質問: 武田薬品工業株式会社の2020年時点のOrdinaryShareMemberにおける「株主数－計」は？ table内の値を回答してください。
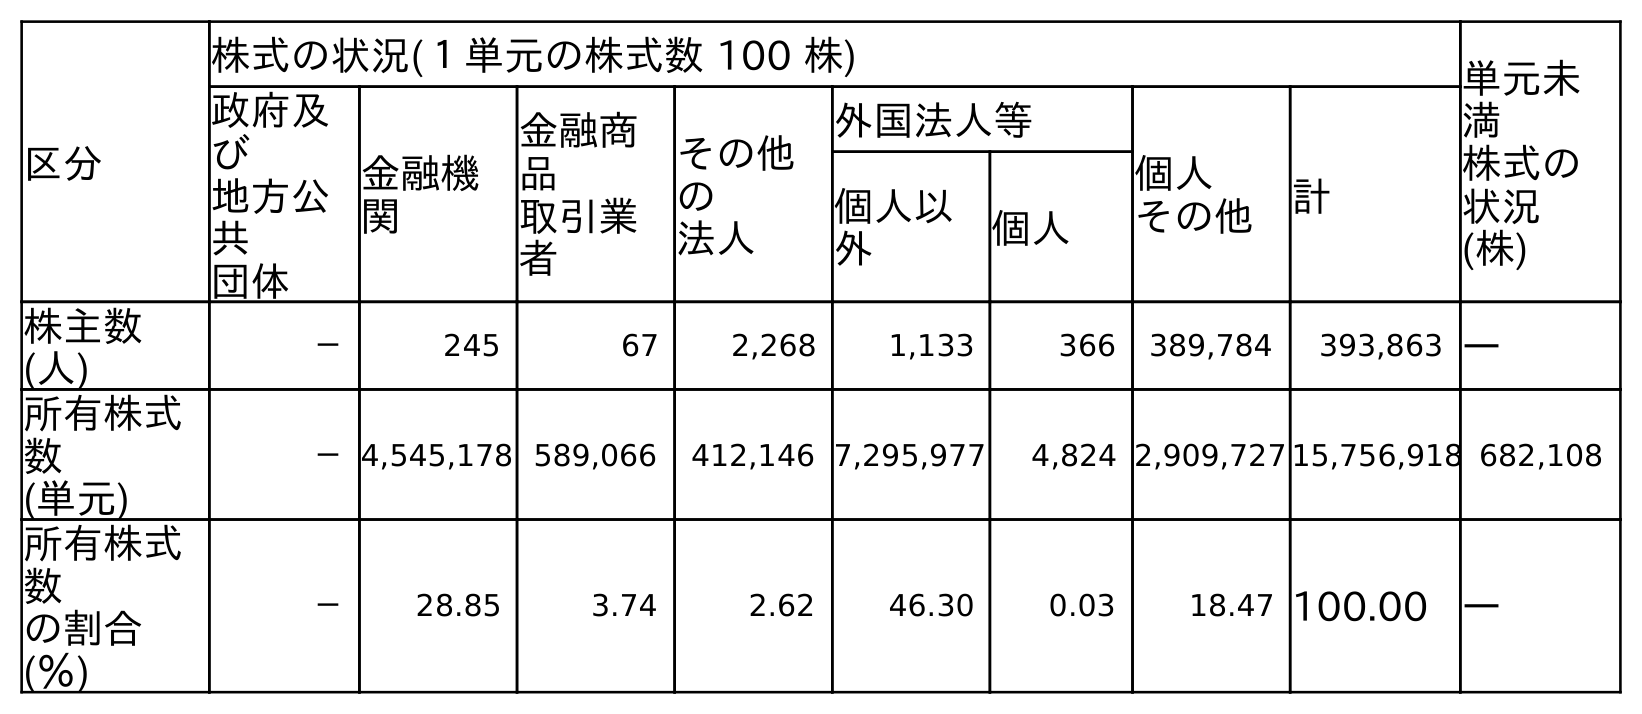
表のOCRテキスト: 区分 株式の状況(１単元の株式数 100 株) 単元未 満 株式の 状況 (株) 政府及 び 地方公 共 団体 金融機 関 金融商 品 取引業 者 その他 の 法人 外国法人等 個人 その他 計 個人以 外 個人 株主数 (人) － 245 67 2,268 1,133 366 389,784 393,863 ― 所有株式 数 (単元) －4,545,178 589,066 412,146 7,295,977 4,824 2,909,727 15,756,918 682,108 所有株式 数 の割合 (％) － 28.85 3.74 2.62 46.30 0.03 18.47 100.00 ―
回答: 393,863